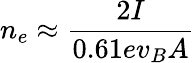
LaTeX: n_{e}\approx\frac{2I}{0.61ev_{B}A}